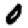
Digit: 0